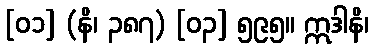
[၀၁] (နိ၊ ၃၈၇) [၀၃] ၅၉၅။ ဣဒါနိ၊